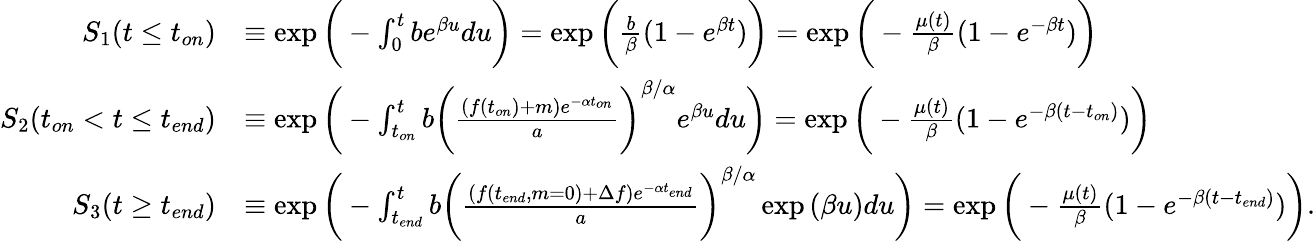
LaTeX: \begin{array}{rl}{S_{1}(t\leq t_{on})}&{\equiv\exp{\bigg(-\int_{0}^{t}be^{\beta u}du\bigg)}=\exp{\bigg(\frac{b}{\beta}(1-e^{\beta t})\bigg)}=\exp{\bigg(-\frac{\mu(t)}{\beta}(1-e^{-\beta t})\bigg)}}\\ {S_{2}(t_{on}<t\leq t_{end})}&{\equiv\exp{\bigg(-\int_{t_{on}}^{t}b\bigg(\frac{(f(t_{on})+m)e^{-\alpha t_{on}}}{a}\bigg)^{\beta/\alpha}e^{\beta u}du\bigg)}=\exp{\bigg(-\frac{\mu(t)}{\beta}(1-e^{-\beta(t-t_{on})})\bigg)}}\\ {S_{3}(t\geq t_{end})}&{\equiv\exp{\bigg(-\int_{t_{end}}^{t}b\bigg(\frac{(f(t_{end},m=0)+\Delta f)e^{-\alpha t_{end}}}{a}\bigg)^{\beta/\alpha}\exp{(\beta u)}du\bigg)}=\exp{\bigg(-\frac{\mu(t)}{\beta}(1-e^{-\beta(t-t_{end})})\bigg)}.}\end{array}